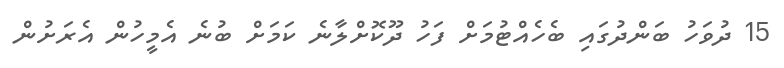
15 ދުވަހު ބަންދުގައި ބެހެއްޓުމަށް ފަހު ދޫކޮށްލާނެ ކަމަށް ބުނެ އެމީހުން އެރަށުން